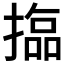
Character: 𱠫